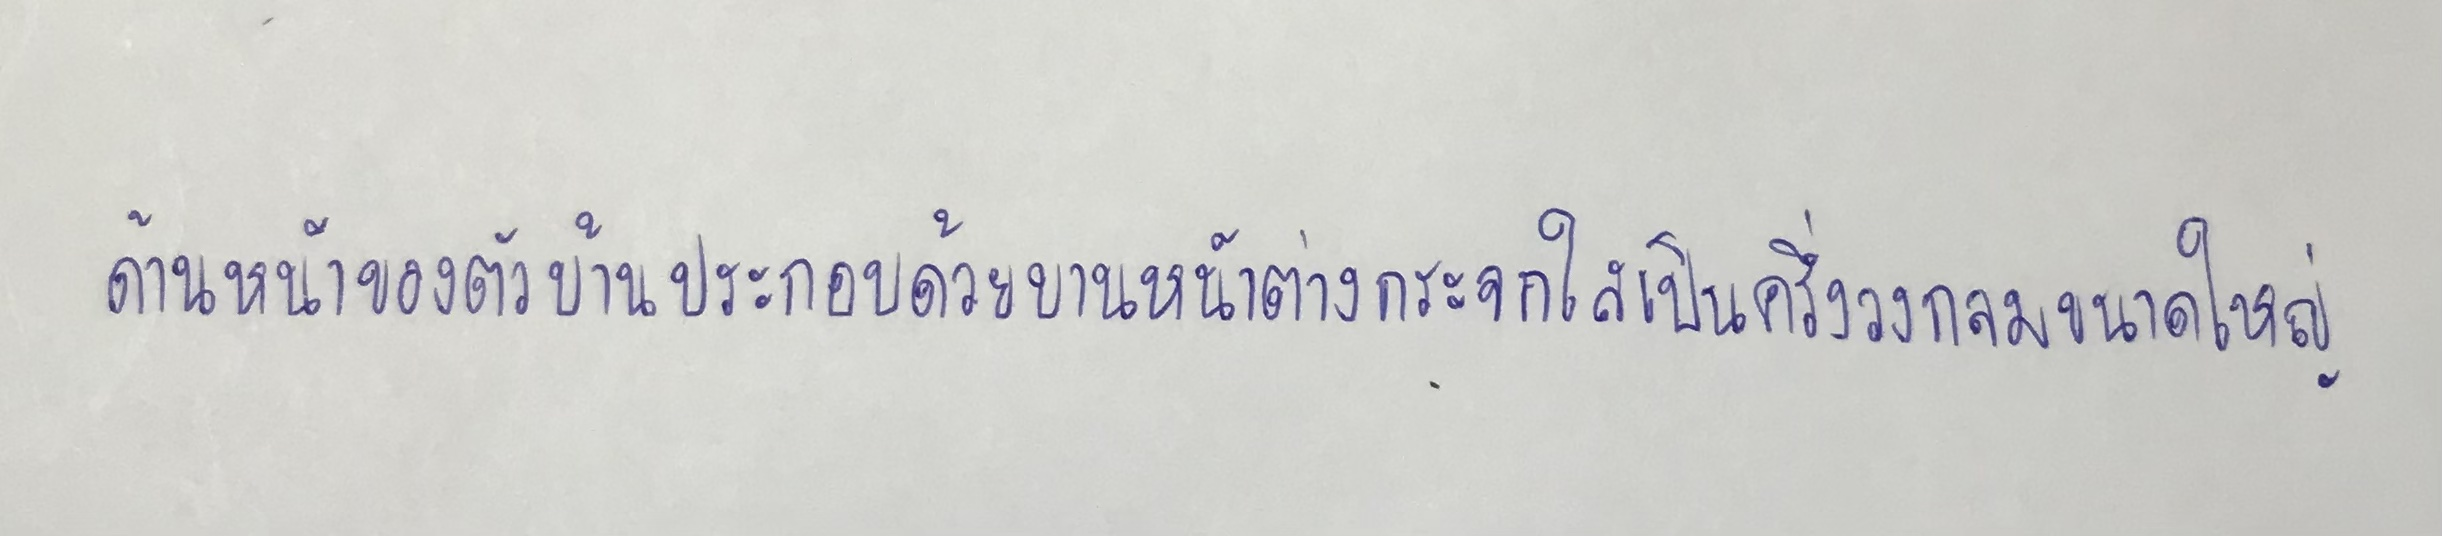
ด้านหน้าของตัวบ้านประกอบด้วยบานหน้าต่างกระจกใสกรุเป็นครึ่งวงกลมขนาดใหญ่